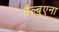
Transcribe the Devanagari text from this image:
बैल्बुएना